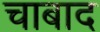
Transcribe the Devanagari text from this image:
चाबाद